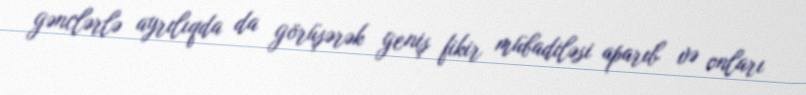
gənclərlə ayrılıqda da görüşərək geniş fikir mübadiləsi aparıb və onları